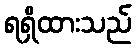
ရရှိထားသည်